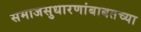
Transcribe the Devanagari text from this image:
समाजसुधारणांबाबतच्या